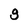
Character: g